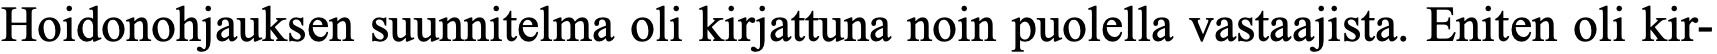
Hoidonohjauksen suunnitelma oli kirjattuna noin puolella vastaajista. Eniten oli kir-